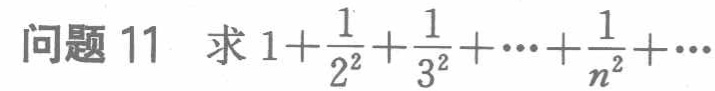
问题 11 求 \(1+\frac{1}{2^{2}}+\frac{1}{3^{2}}+\cdots+\frac{1}{n^{2}}+\cdots\)